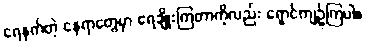
ရေနက်တဲ့ နေရာတွေမှာ ရေချိုးကြတာကိုလည်း ရှောင်ကျဉ်ကြပါ။